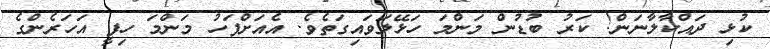
ކުޅި ދައްކާލާނަން! ކަރު ބުޑުން މަންމަ ހަޅޭލަވައިގަތެވެ. އެއަށްފަހު މަންމަ ހިފީ އަހަރެންގެ